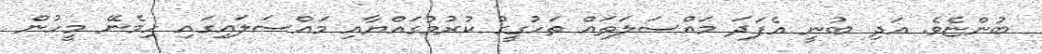
ބުންޏެވެ. އަދި ބުނީ އެފަދަ މައްސަލަތައް ތަހުގީގު ކުރުމުގައްޔާއި މައްސަލައިގައި ހިމެނޭ މީހުން